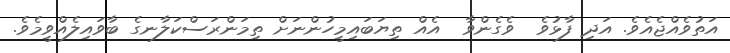
އަތުވެއްޖެއެވެ. އަދި ފާޅުވެ  ވެގެންވާ  އެއް ތިޔަބައިމީހުންނަށް ތިމަންރަސްކަލާނގެ ބާވައިލެއްވީމެވެ.